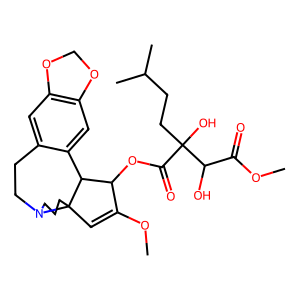
SMILES: COC(=O)C(O)C(O)(CCC(C)C)C(=O)OC1C(OC)=CC23CCCN2CCc2cc4c(cc2C13)OCO4
Inhibits HIV replication: No